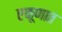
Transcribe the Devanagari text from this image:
एकूणात